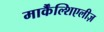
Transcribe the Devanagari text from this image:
मार्कैंल्शिएलीज़